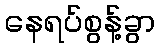
နေရပ်စွန့်ခွာ